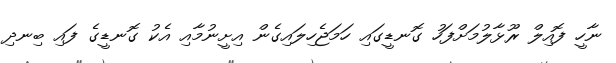
ނާހީ ފޮއިލް ރޫޅާލުމަށްފަހު ގޮނޑީގައި ހަމަޖެހިލައިގެން އިށީނުމާއި އެކު ގޮނޑީގެ ފައި ބިނދި